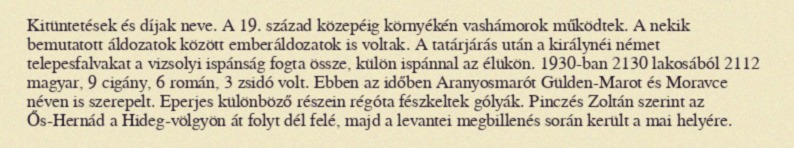
Kitüntetések és díjak neve. A 19. század közepéig környékén vashámorok működtek. A nekik bemutatott áldozatok között emberáldozatok is voltak. A tatárjárás után a királynéi német telepesfalvakat a vizsolyi ispánság fogta össze, külön ispánnal az élükön. 1930-ban 2130 lakosából 2112 magyar, 9 cigány, 6 román, 3 zsidó volt. Ebben az időben Aranyosmarót Gülden-Marot és Moravce néven is szerepelt. Eperjes különböző részein régóta fészkeltek gólyák. Pinczés Zoltán szerint az Ős-Hernád a Hideg-völgyön át folyt dél felé, majd a levantei megbillenés során került a mai helyére.